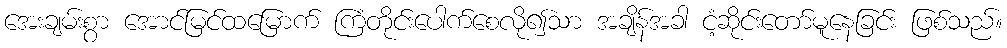
အေးချမ်းစွာ အောင်မြင်ထမြောက် ကြံတိုင်းပေါက်စေလို၍သာ အချိန်အခါ ငံ့ဆိုင်းတော်မူနေခြင်း ဖြစ်သည်။